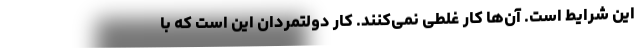
این شرایط است. آن‌ها کار غلطی نمی‌کنند. کار دولتمردان این است که با